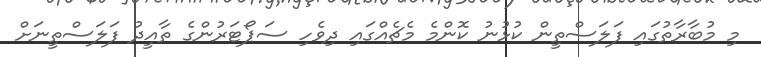
މި މުބާރާތުގައި ފަލަސްތީން ކުޅުނު ކޮންމެ މެޗެއްގައި ދިވެހި ސަޕޯޓަރުންގެ ތާއީދު ފަލަސްތީނަށް